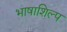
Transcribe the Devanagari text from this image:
भाषाशिल्प